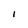
Character: I